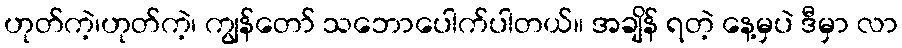
ဟုတ်ကဲ့၊ဟုတ်ကဲ့၊ ကျွန်တော် သဘောပေါက်ပါတယ်။ အချိန် ရတဲ့ နေ့မှပဲ ဒီမှာ လာ